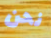
نحن